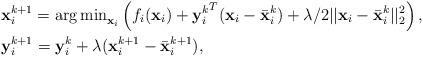
LaTeX: \begin{align*}&\mathbf{x}_i^{k+1} = {\arg \min}_{\mathbf{x}_i}\left( f_i(\mathbf{x}_i) +{\mathbf{y}_i^{k}}^T(\mathbf{x}_i-\bar{\mathbf{x}}^k_i) + \lambda/2||\mathbf{x}_i-\bar{\mathbf{x}}^k_i||^2_2 \right), \\&\mathbf{y}_i^{k+1} = \mathbf{y}^k_i + \lambda(\mathbf{x}_i^{k+1} - \bar{\mathbf{x}}^{k+1}_i),\end{align*}